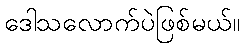
ဒေါသလောက်ပဲဖြစ်မယ်။